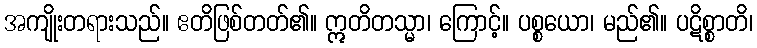
အကျိုးတရားသည်။ ဧတိဖြစ်တတ်၏။ ဣတိတသ္မာ၊ ကြောင့်။ ပစ္စယော၊ မည်၏။ ပဋိစ္စာတိ၊